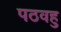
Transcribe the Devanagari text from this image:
पठवहु